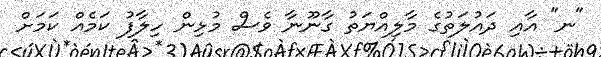
"ނ" އާއި ދައުލަތުގެ މާލިއްޔަތު ގާނޫނާ ވެސް މުޅިން ހިލާފު ކަމެއް ކަމަށް